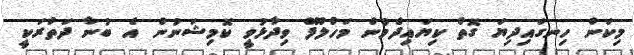
މިކަން ހިނގައިދިޔަ ގޮތް ކިޔައިދެމުން މަހުލޫފް ވިދާޅުވީ ކޮމިޝަނުން އެ ބުނާ ދަތުރަކީ